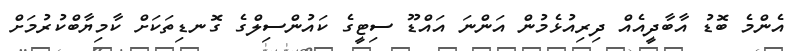
އެންމެ ބޮޑު އާބާދީއެއް ދިރިއުޅެމުން އަންނަ އައްޑޫ ސިޓީގެ ކައުންސިލްގެ ގޮނޑިތަކަށް ކާމިޔާބްކުރުމަށް